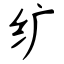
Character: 纩